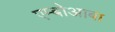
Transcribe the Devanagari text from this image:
एम्बोआबा